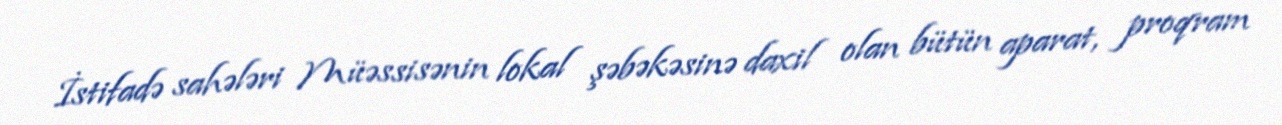
İstifadə sahələri Müəssisənin lokal şəbəkəsinə daxil olan bütün aparat, proqram